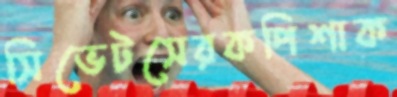
সিভেটসেরকপিশাক